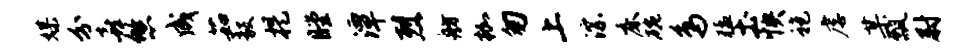
媒分喜悠成茹毅提瞠潭烈舫枷匆上淙床碗鸟猛土怏袍虐某瓢尉